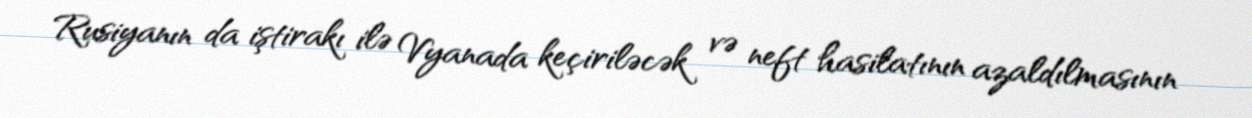
Rusiyanın da iştirakı ilə Vyanada keçiriləcək və neft hasilatının azaldılmasının